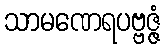
သာမဏေရပဗ္ဗဇ္ဇံ